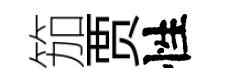
笳贾性